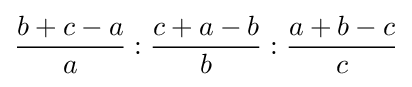
{\frac {b+c-a}{a}}:{\frac {c+a-b}{b}}:{\frac {a+b-c}{c}}